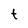
Character: t